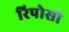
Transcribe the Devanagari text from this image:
रिपोसो